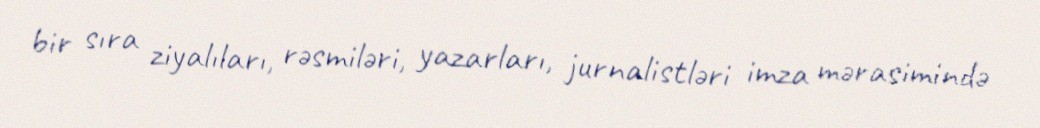
bir sıra ziyalıları, rəsmiləri, yazarları, jurnalistləri imza mərasimində